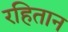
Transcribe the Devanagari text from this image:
रहितान